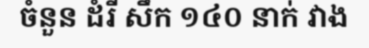
ចំនួន ដំរី សឹក ១៤០ នាក់ វាង